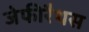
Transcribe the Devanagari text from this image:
जेफीरैथस